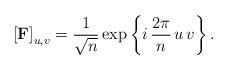
LaTeX: \begin{align*}\left[\mbox{\ensuremath{\mathbf{F}}}\right]_{u,v}=\frac{1}{\sqrt{n}}\exp\left\{ i\,\frac{2\pi}{n}\,u\,v\right\} .\end{align*}